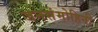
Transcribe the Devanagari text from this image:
जनसंमोहिनी